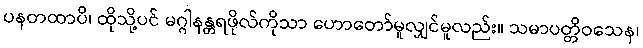
ပနတထာပိ၊ ထိုသို့ပင် မဂ္ဂါနန္တရဖိုလ်ကိုသာ ဟောတော်မူလျှင်မူလည်း။ သမာပတ္တိဝသေန၊